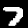
Digit: 7